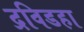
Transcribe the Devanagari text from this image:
द्रविडहा